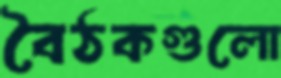
বৈঠকগুলো